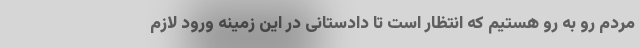
مردم رو به رو هستیم که انتظار است تا دادستانی در این زمینه ورود لازم